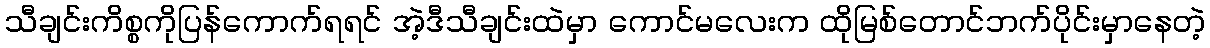
သီချင်းကိစ္စကိုပြန်ကောက်ရရင် အဲ့ဒီသီချင်းထဲမှာ ကောင်မလေးက ထိုမြစ်တောင်ဘက်ပိုင်းမှာနေတဲ့